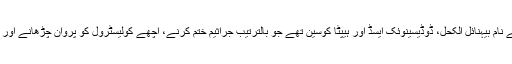
ان میں تین کمپاو¿نڈ بہت کارآمد نکلے جن کے نام بیہنائل الکحل، ڈوڈیسینوئک ایسڈ اور ہیپٹا کوسین تھے جو بالترتیب جراثیم ختم کرنے، اچھے کولیسٹرول کو پروان چڑھانے اور سرطانی رسولیوں کو ختم کرنے میں مفید ہیں۔